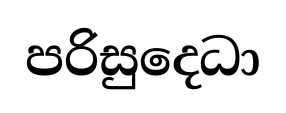
පරිසුදෙධා